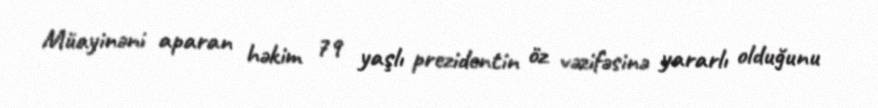
Müayinəni aparan həkim 79 yaşlı prezidentin öz vəzifəsinə yararlı olduğunu